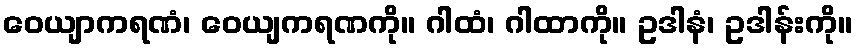
ဝေယျာကရဏံ၊ ဝေယျကရဏကို။ ဂါထံ၊ ဂါထာကို။ ဥဒါနံ၊ ဥဒါန်းကို။